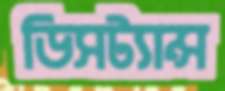
ডিসট্যান্স